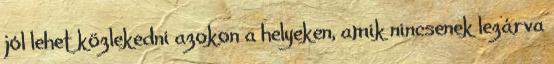
jól lehet közlekedni azokon a helyeken, amik nincsenek lezárva